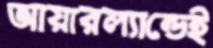
আয়ারল্যান্ডেই